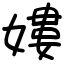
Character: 㜢